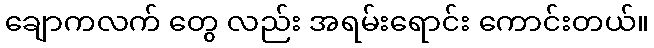
ချောကလက် တွေ လည်း အရမ်းရောင်း ကောင်းတယ်။